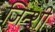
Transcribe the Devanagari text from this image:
जिन्शी